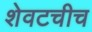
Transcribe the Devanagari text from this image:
शेवटचीच